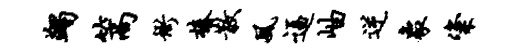
蠲篙衙椿散风逼岫逆象粢